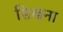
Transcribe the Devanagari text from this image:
सिखना